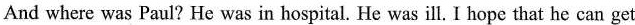
And where was Paul? He was in hospital. He was ill. I hope that he can get